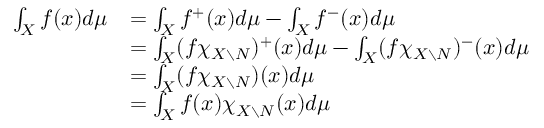
\begin{array} { r l } { \int _ { X } f ( x ) d \mu } & { = \int _ { X } f ^ { + } ( x ) d \mu - \int _ { X } f ^ { - } ( x ) d \mu } \\ & { = \int _ { X } ( f \chi _ { X \setminus N } ) ^ { + } ( x ) d \mu - \int _ { X } ( f \chi _ { X \setminus N } ) ^ { - } ( x ) d \mu } \\ & { = \int _ { X } ( f \chi _ { X \setminus N } ) ( x ) d \mu } \\ & { = \int _ { X } f ( x ) \chi _ { X \setminus N } ( x ) d \mu } \end{array}